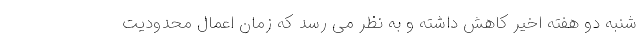
شنبه دو هفته اخیر کاهش داشته و به نظر می رسد که زمان اعمال محدودیت